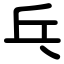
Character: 乓